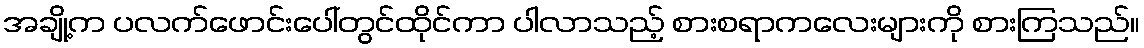
အချို့က ပလက်ဖောင်းပေါ်တွင်ထိုင်ကာ ပါလာသည့် စားစရာကလေးများကို စားကြသည်။